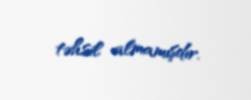
təhsil almamışdır.